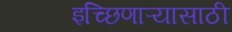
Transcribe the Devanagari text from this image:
इच्छिणाऱ्यासाठी